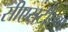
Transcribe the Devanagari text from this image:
सीएसटीएम